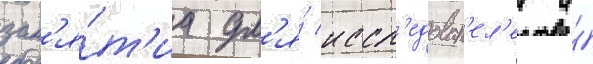
зан'я́т'иа дл'я́ иссл'едоват'ел'еи и́